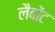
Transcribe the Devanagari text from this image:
लैबोंट